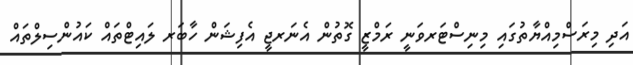
އަދި މިރަސްމިއްޔާތުގައި މިނިސްޓަރވަނީ ރަމްޒީ ގޮތުން އެނަރޖީ އެފިޝަން ހާބަރ ލައިޓްތައް ކައުންސިލްތައް